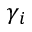
\gamma _ { i }